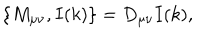
\left\{ M _ { \mu \nu } , I ( k ) \right\} = D _ { \mu \nu } I ( k ) ,